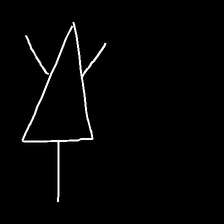
Glyph: fire